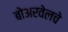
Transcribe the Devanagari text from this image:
बोअरवेलचे